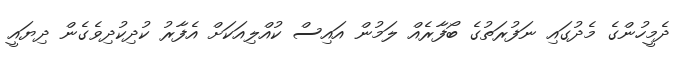
ދެމީހުންގެ މެދުގައި ނަފުރަތުގެ ބޯފާރެއް ލަމުން އައިސް ކުއްލިއަކަށް އެފާރު ކުދިކުދިވެގެން ދިޔައީ